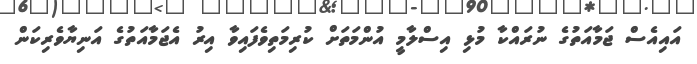
އައިއެސް ޖަމާއަތުގެ ނުރައްކާ މުޅި އިސްލާމީ އުންމަތަށް ކުރިމަތިވެފައިވާ އިރު އެޖަމާއަތުގެ އަނިޔާވެރިކަން